画像に写った文字を読んでください
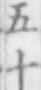
「五十」と書いてあります